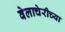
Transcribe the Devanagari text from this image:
वेलाचेरीच्या